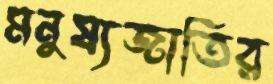
মনুষ্যজাতির